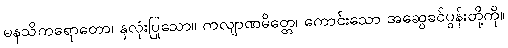
မနသိကရောတော၊ နှလုံးပြုသော။ ကလျာဏမိတ္တေ၊ ကောင်းသော အဆွေခင်ပွန်းတို့ကို။